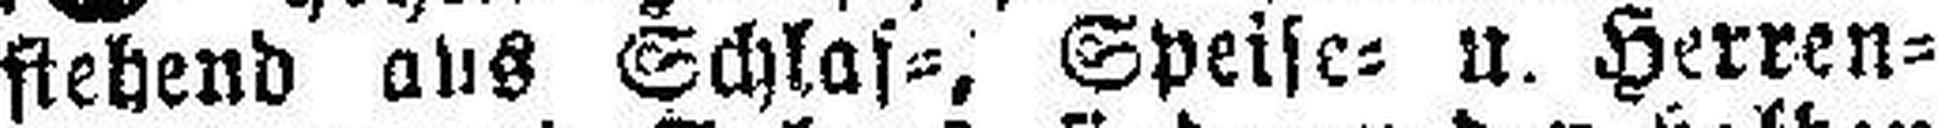
stehend aus Schlaf=, Speise= u. Herren¬